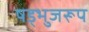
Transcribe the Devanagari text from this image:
षड्भुजरूप